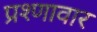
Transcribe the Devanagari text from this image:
प्रश्णावार